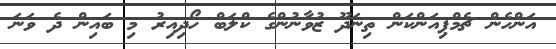
އަންހެން ޗެމްޕިއަންކަން ތިނަދޫ ޒުވާނުންގެ ކްލަބް ހޯދިއިރު މި ބައިން ދެ ވަނަ